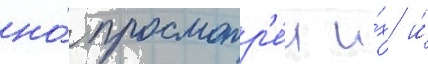
но́ просмотр'е́л и́х и́